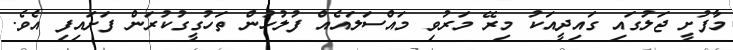
މާފުށީ ޖަލުގައި ގައިދީއަކު މިރޭ މަރުވި މައްސަލައެއް ފުލުހުން ތަހުގީގުކުރަން ފަށައިފި އެވެ.